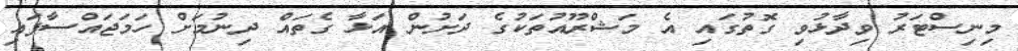
މިނިސްޓަރު ވިދާޅުވި ގޮތުގައި އެ މަޝްރޫއުތަކުގެ ދަށުން އަޅާ ގެތައް ދިނުމަށް ހަމަޖައްސާފައި